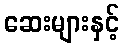
ဆေးများနှင့်